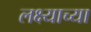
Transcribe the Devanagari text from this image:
लक्ष्याच्या